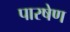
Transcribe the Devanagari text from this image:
पारषेण